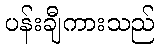
ပန်းချီကားသည်